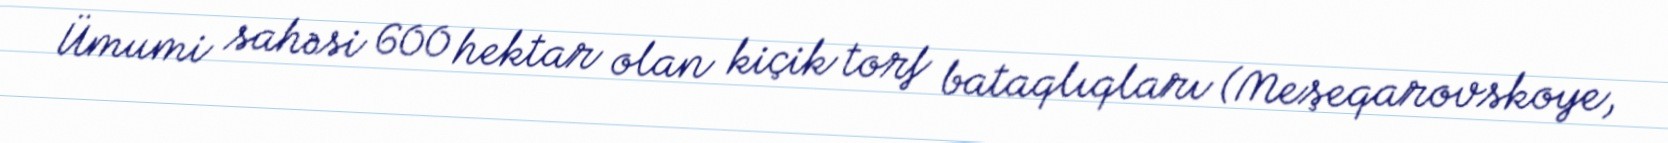
Ümumi sahəsi 600 hektar olan kiçik torf bataqlıqları (Meşeqarovskoye,